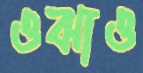
ওঝাও